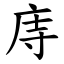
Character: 庤